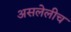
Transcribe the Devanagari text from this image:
असलेलीच